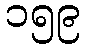
၁၅၉